Annual report of the Imperial Bacteriological Laboratory, Muktesar
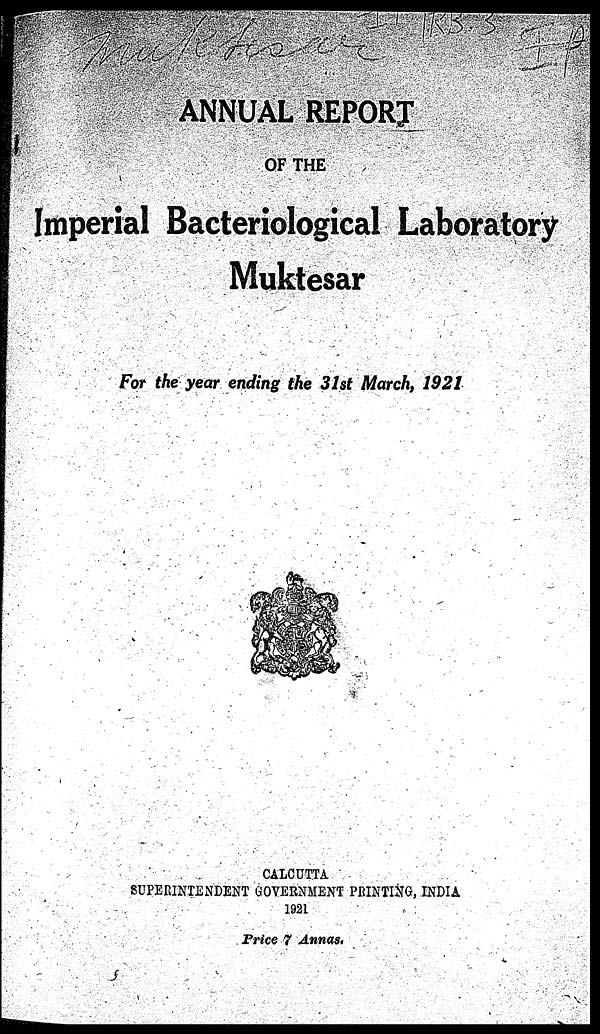
ANNUAL REPORT
OF THE
Imperial Bacteriological Laboratory
Muktesar
For the year ending the 31st March, 1921
CALCUTTA
SUPERINTENDENT GOVERNMENT PRINTING, INDIA
1921
Price 7 Annas.